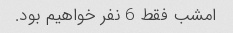
امشب فقط 6 نفر خواهیم بود.